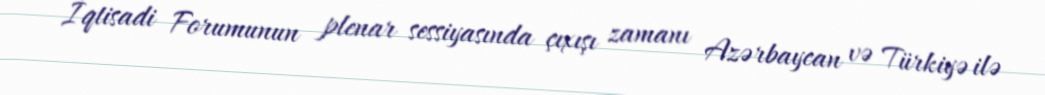
İqtisadi Forumunun plenar sessiyasında çıxışı zamanı Azərbaycan və Türkiyə ilə